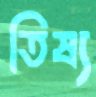
তিষ্য